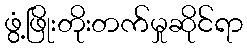
ဖွံ့ဖြိုးတိုးတက်မှုဆိုင်ရာ